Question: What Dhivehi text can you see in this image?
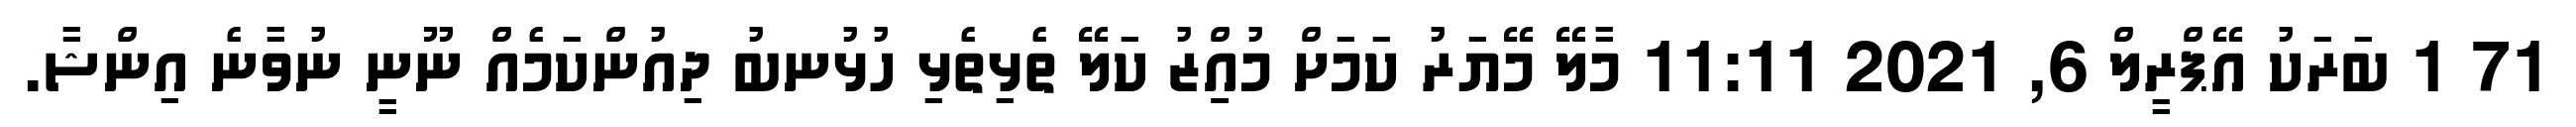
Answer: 71 1 ބަރަކު އޭޕްރީލް 6, 2021 11:11 މާލޭ މޭޔަރު ކަމަށް މުއިިިިިްޒު ކަލޭ ތެޅިތެޅި ހުޅުނބު ދިއުންކަމެއް ނޫނީ ނުވާނެ އިންޝާ.